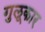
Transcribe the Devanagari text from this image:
गुलूकार